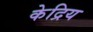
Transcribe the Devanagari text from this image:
केद्रिय